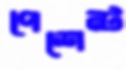
পেশেন্ট